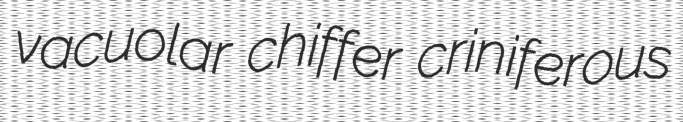
vacuolar chiffer criniferous